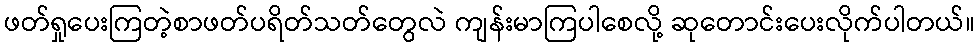
ဖတ်ရှုပေးကြတဲ့စာဖတ်ပရိတ်သတ်တွေလဲ ကျန်းမာကြပါစေလို့ ဆုတောင်းပေးလိုက်ပါတယ်။